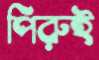
পিরুই